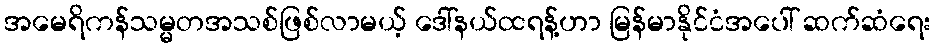
အမေရိကန်သမ္မတအသစ်ဖြစ်လာမယ့် ဒေါ်နယ်ထရန့်ဟာ မြန်မာနိုင်ငံအပေါ် ဆက်ဆံရေး